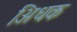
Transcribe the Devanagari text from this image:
अिधक